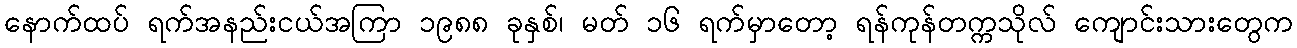
နောက်ထပ် ရက်အနည်းငယ်အကြာ ၁၉၈၈ ခုနှစ်၊ မတ် ၁၆ ရက်မှာတော့ ရန်ကုန်တက္ကသိုလ် ကျောင်းသားတွေက